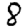
Digit: 8